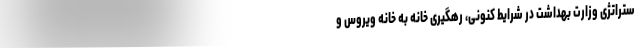
ستراتژی وزارت بهداشت در شرایط کنونی، رهگیری خانه به خانه ویروس و